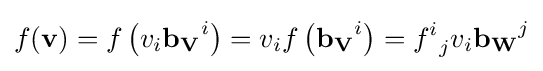
f(\mathbf {v} )=f\left(v_{i}\mathbf {b_{V}} ^{i}\right)=v_{i}f\left(\mathbf {b_{V}} ^{i}\right)={f^{i}}_{j}v_{i}\mathbf {b_{W}} ^{j}